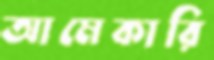
আমেকারি